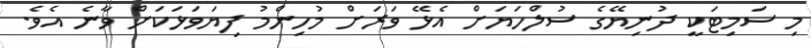
މި ސަމިޓަކީ ދުނިޔޭގެ ސުލްހަޔަށް އެޅޭ ވަރަށް މުހިންމު ފިޔަވަޅަކަށް ވާނެ އެވެ.